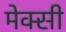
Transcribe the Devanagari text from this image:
मेक्सी